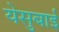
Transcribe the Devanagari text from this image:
येसुबाई